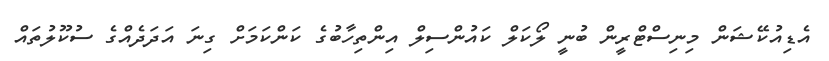
އެޑިއުކޭޝަން މިނިސްޓްރީން ބުނީ ލޯކަލް ކައުންސިލް އިންތިހާބުގެ ކަންކަމަށް ގިނަ އަދަދެއްގެ ސުކޫލުތައް